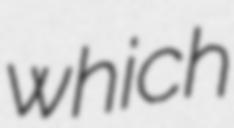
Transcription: which